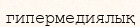
гипермедиялық